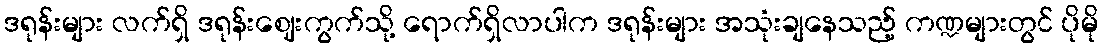
ဒရုန်းများ လက်ရှိ ဒရုန်းဈေးကွက်သို့ ရောက်ရှိလာပါက ဒရုန်းများ အသုံးချနေသည့် ကဏ္ဍများတွင် ပိုမို